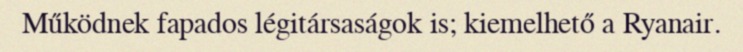
Működnek fapados légitársaságok is; kiemelhető a Ryanair.